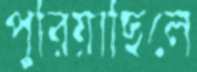
পুরিয়াছিলে